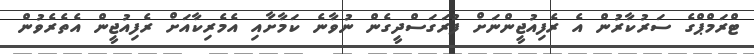
ޓްރަމްޕްގެ ސަރުކާރުން އެ ރެފިއުޖީންނަށް ފުރަގަސްދީގެން ނުވާނެ ކަމާށާއި އެމެރިކާއަށް ރެފިއުޖީން އެތެރެވުން